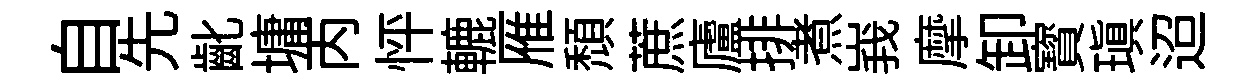
自先齔墉丙怦轆雁頹蔗廬排煮峩摩卸寳瑱迢